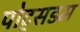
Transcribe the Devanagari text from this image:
पोट्सडम